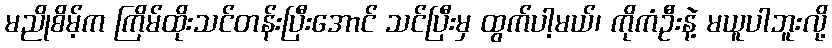
မညိုစိမ့်က ကြိမ်ထိုးသင်တန်းပြီးအောင် သင်ပြီးမှ ထွက်ပါ့မယ်၊ ကိုကံဦးနဲ့ မယူပါဘူးလို့